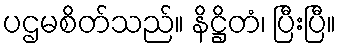
ပဌမစိတ်သည်။ နိဋ္ဌိတံ၊ ပြီးပြီ။